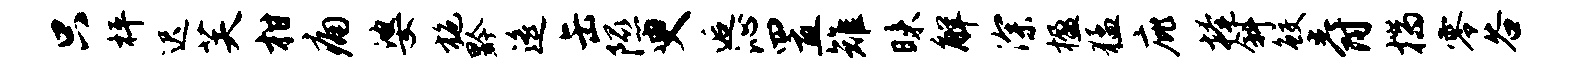
只枰迟芙柑痛婆施黔遥缶隰臾逅沁置雉昧解深楹猛庇掩斜鲛爵揣零谷